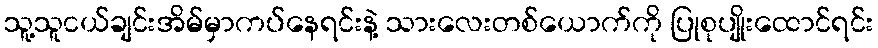
သူ့သူငယ်ချင်းအိမ်မှာကပ်နေရင်းနဲ့ သားလေးတစ်ယောက်ကို ပြုစုပျိုးထောင်ရင်း